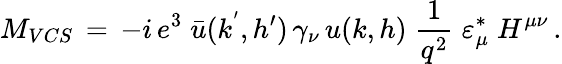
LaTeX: M_{VCS}\, =\, -i\, e^{3}\; \bar{u}(k^{'},h^{\prime})\, \gamma_{\nu}\, u(k,h)\; {\frac{1}{q^{2}}}\; \varepsilon_{\mu}^{*}\; H^{\mu\nu}\, .